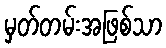
မှတ်တမ်းအဖြစ်သာ